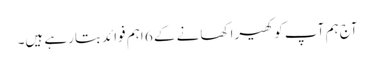
آج ہم آپ کو کھیرا کھانے کے 6 اہم فوائد بتارہے ہیں۔